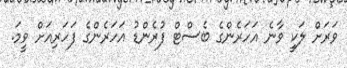
ވަރަށް ލަކީ ވާނެ އަހަރެންގެ ބެސްޓް ފުރެންޑު އަހަރެންގެ ފަހަރިއަށް ވީމަ.